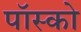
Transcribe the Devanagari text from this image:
पॉस्को